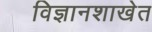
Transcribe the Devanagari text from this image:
विज्ञानशाखेत